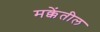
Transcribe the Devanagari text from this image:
मक्केंतील